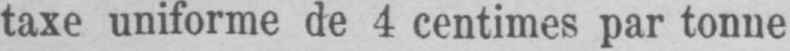
taxe uniforme de 4 centimes par tonne